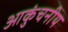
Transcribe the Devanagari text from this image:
आकुंचनीय